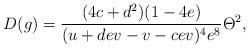
LaTeX: \begin{align*}D(g)=\frac{(4c+d^2)(1-4e)}{(u+dev-v-cev)^4e^8}\Theta^2,\end{align*}